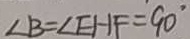
\angle B = \angle E H F = 9 0 ^ { \circ }